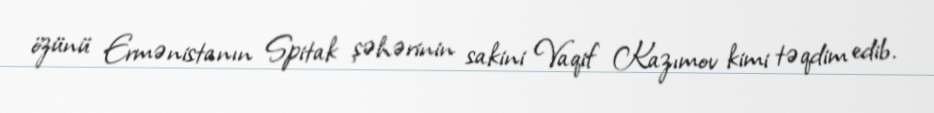
özünü Ermənistanın Spitak şəhərinin sakini Vaqif Kazımov kimi təqdim edib.